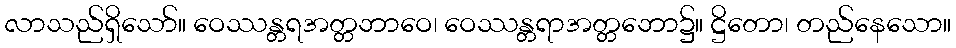
လာသည်ရှိသော်။ ဝေဿန္တရအတ္တဘာဝေ၊ ဝေဿန္တရာအတ္တဘော၌။ ဋ္ဌိတော၊ တည်နေသော။